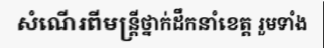
សំណើរពីមន្ត្រីថ្នាក់ដឹកនាំខេត្ត រួមទាំង